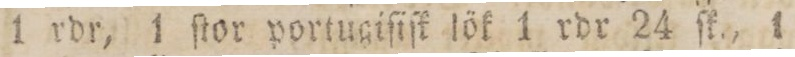
1 rdr, 1 ſtor portugiſiſk lök 1 rdr 24 ſk., 1